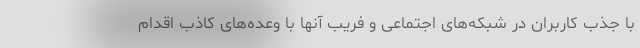
با جذب کاربران در شبکه‌های اجتماعی و فریب آنها با وعده‌های کاذب اقدام